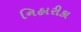
નિહારીકા